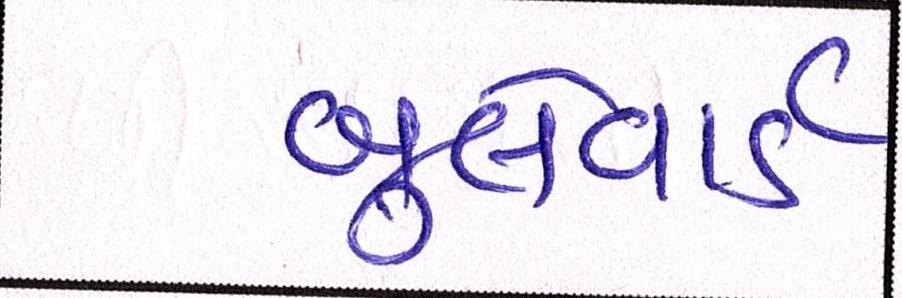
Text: બુલેવાર્ડ